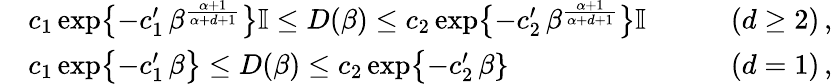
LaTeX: \begin{array}{rlr}&{c_{1}\exp\bigl\{ -c_{1}^{\prime}\, \beta^{\frac{\alpha+1}{\alpha+d+1}}\bigr\} \mathbb{I}\leq D(\beta)\leq c_{2}\exp\bigl\{ -c_{2}^{\prime}\, \beta^{\frac{\alpha+1}{\alpha+d+1}}\bigr\} \mathbb{I}\qquad}&{(d\geq 2)\, ,}\\ &{c_{1}\exp\bigl\{ -c_{1}^{\prime}\, \beta\bigr\} \leq D(\beta)\leq c_{2}\exp\bigl\{ -c_{2}^{\prime}\, \beta\} \qquad}&{(d=1)\, ,}\end{array}